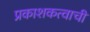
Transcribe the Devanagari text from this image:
प्रकाशकत्वाची